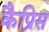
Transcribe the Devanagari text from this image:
कैप्रिस